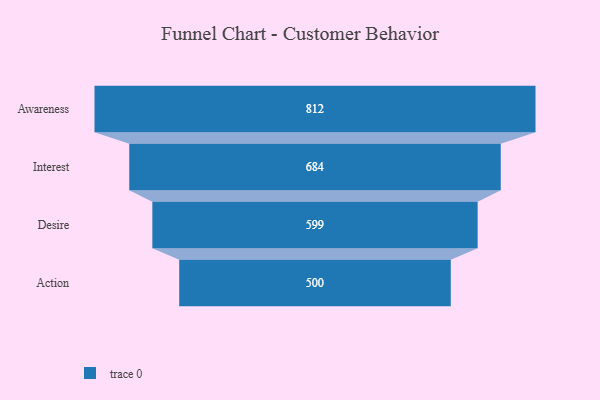
{"axis": {"x": "Stage", "y": "Value"}, "legend": [""], "data": [{"x": "Awareness", "y": 812.0, "type": ""}, {"x": "Interest", "y": 684.0, "type": ""}, {"x": "Desire", "y": 599.0, "type": ""}, {"x": "Action", "y": 500, "type": ""}]}